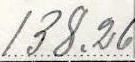
138.26